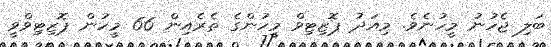
ބަލި ޖެހުނު މީހުނެވެ. މިއަދު ޕޮޒިޓިވް މީހުންގެ ތެރެއިން 66 މީހުން ޕޮޒިޓިވްވީ